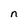
Character: n